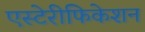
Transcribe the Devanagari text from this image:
एस्टेरीफिकेशन